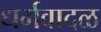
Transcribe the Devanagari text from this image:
धर्मवादळ